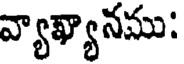
వ్యాఖ్యానము: